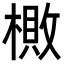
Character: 𬄎